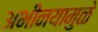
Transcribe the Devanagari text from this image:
अभीनयामुळे